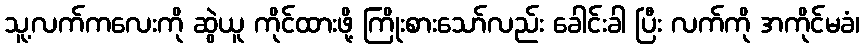
သူ့လက်ကလေးကို ဆွဲယူ ကိုင်ထားဖို့ ကြိုးစားသော်လည်း ခေါင်းခါ ပြီး လက်ကို အကိုင်မခံ၊